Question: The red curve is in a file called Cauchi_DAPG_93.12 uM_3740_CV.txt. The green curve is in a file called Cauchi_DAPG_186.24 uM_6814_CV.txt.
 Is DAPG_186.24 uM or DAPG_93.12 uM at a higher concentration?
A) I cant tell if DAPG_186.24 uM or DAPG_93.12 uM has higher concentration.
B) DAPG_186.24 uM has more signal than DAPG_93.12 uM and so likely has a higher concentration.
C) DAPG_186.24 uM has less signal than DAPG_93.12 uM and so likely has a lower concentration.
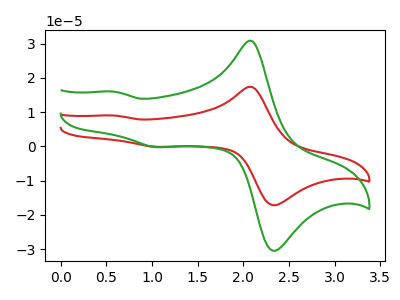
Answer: <think>The red curve "DAPG_93.12 uM" has anodic peaks at (2.10V, 17.35uA) (0.60V, 9.00uA) and cathodic peaks at (2.40V, -16.95uA) (1.05V, -0.15uA). The green curve "DAPG_186.24 uM" has anodic peaks at (2.10V, 30.75uA) (0.60V, 15.95uA) and cathodic peaks at (2.40V, -30.10uA) (1.05V, -0.25uA).
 All the peaks in "DAPG_186.24 uM" have a peak in "DAPG_93.12 uM" at the same potential. Every peak in "DAPG_186.24 uM" is higher than every peak in "DAPG_93.12 uM".</think>
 <answer>B) "DAPG_186.24 uM" has more signal than "DAPG_93.12 uM" and so likely has a higher concentration.</answer>
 <eval>B</eval>